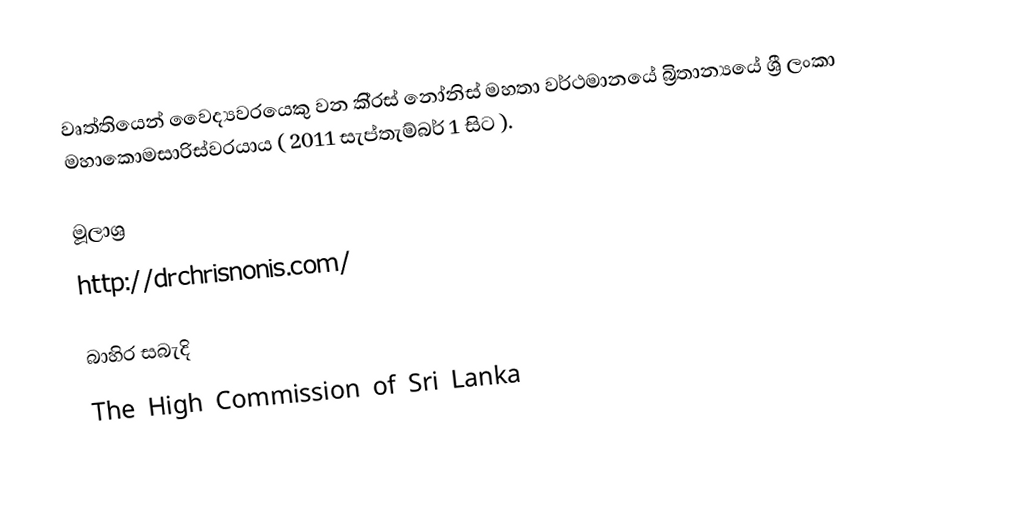
වෘත්තියෙන් වෛද්‍යවරයෙකු වන කි‍්‍රස් නෝනිස් මහතා වර්ථමානයේ බ්‍රිතාන්‍යයේ ශ්‍රී ලංකා මහාකොමසාරිස්වරයාය ( 2011 සැප්තැම්බර් 1 සිට ).

මූලාශ්‍ර
http://drchrisnonis.com/

බාහිර සබැදි
The High Commission of Sri Lanka